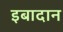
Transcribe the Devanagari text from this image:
इबादान